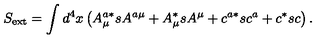
S _ { \mathrm { e x t } } = \int d ^ { 4 } x \left( A _ { \mu } ^ { a * } s A ^ { a \mu } + A _ { \mu } ^ { * } s A ^ { \mu } + c ^ { a * } s c ^ { a } + c ^ { * } s c \right) .